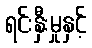
ရင်းနှီးမှုနှင့်